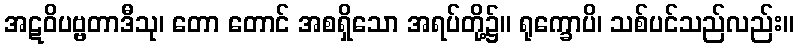
အဋဝိပဗ္ဗတာဒီသု၊ တော တောင် အစရှိသော အရပ်တို့၌။ ရုက္ခောပိ၊ သစ်ပင်သည်လည်း။